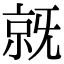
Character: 𣄵